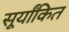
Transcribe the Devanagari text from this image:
सूर्यांकित